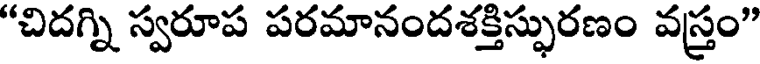
"చిదగ్ని స్వరూప పరమానందశక్తిస్ఫురణం వస్త్రం"